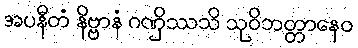
အပနီတံ နိဗ္ဗာနံ ဂဏှိဿသိ သုဝိဘတ္တာနေဝ